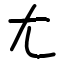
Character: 尢